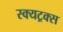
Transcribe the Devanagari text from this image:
स्क्यट्रक्स